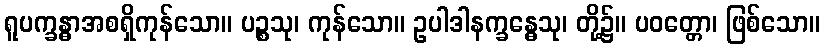
ရူပက္ခန္ဓာအစရှိကုန်သော။ ပဉ္စသု၊ ကုန်သော။ ဥပါဒါနက္ခန္ဓေသု၊ တို့၌။ ပဝတ္တော၊ ဖြစ်သော။